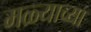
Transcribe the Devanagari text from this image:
मळ्याच्या